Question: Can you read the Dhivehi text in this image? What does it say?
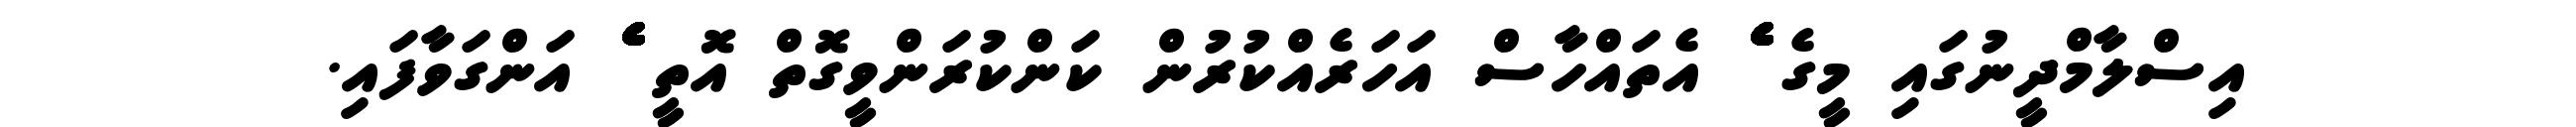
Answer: އިސްލާމްދީނުގައި މީގެ ެެެެެެެެެެެެެެެެެެެެެެެެެެެެެެެެެެެެެެެެެެެެެެެެެެެެެެެެެެެެ އެތައްހާސް އަހަރެއްކުރުން ކަންކުރަންވީގޮތް އޮތީ ެެެެެެެެެެެެެެެެެެެެެެެެެެެެެެެެެެެެެެެެެެެެެެެެެެެެެެެެެެެެެެ އަންގަވާފައި.